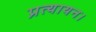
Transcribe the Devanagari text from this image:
प्रत्यायन।